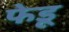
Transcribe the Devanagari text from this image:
फेडू